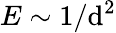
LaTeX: E\sim1/\mathrm{d}^{2}